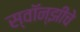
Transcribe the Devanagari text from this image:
स्वॉन्झीचे